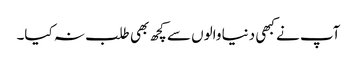
آپ نے کبھی دنیا والوں سے کچھ بھی طلب نہ کیا۔